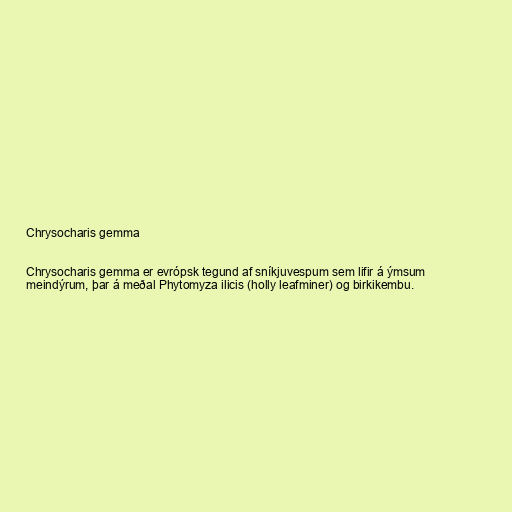
Chrysocharis gemma

Chrysocharis gemma er evrópsk tegund af sníkjuvespum sem lifir á ýmsum
meindýrum, þar á meðal Phytomyza ilicis (holly leafminer) og birkikembu.